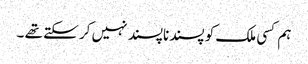
ہم کسی ملک کو پسندناپسند نہیں کر سکتے تھے ۔